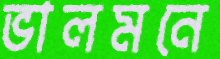
ভালমনে